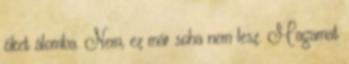
őket álomba. Nem, ez már soha nem lesz. Magamat